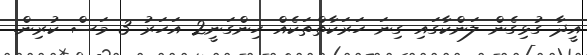
އީދާ ގުޅިގެން ލަންކާގައި ގިނަ ހަރަކާތްތަކެއް ހިންގަނީ2 އަހަރު 3 މަސް ކުރިން.